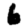
Digit: 6